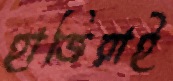
হাজিরাই